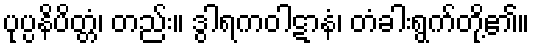
ပုပ္ပနိပိတ္တံ၊ တည်း။ ဒွါရကဝါဋာနံ၊ တံခါးရွက်တို့၏။